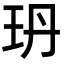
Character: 玬